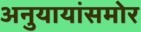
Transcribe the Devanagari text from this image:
अनुयायांसमोर